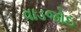
વાડજોઇ